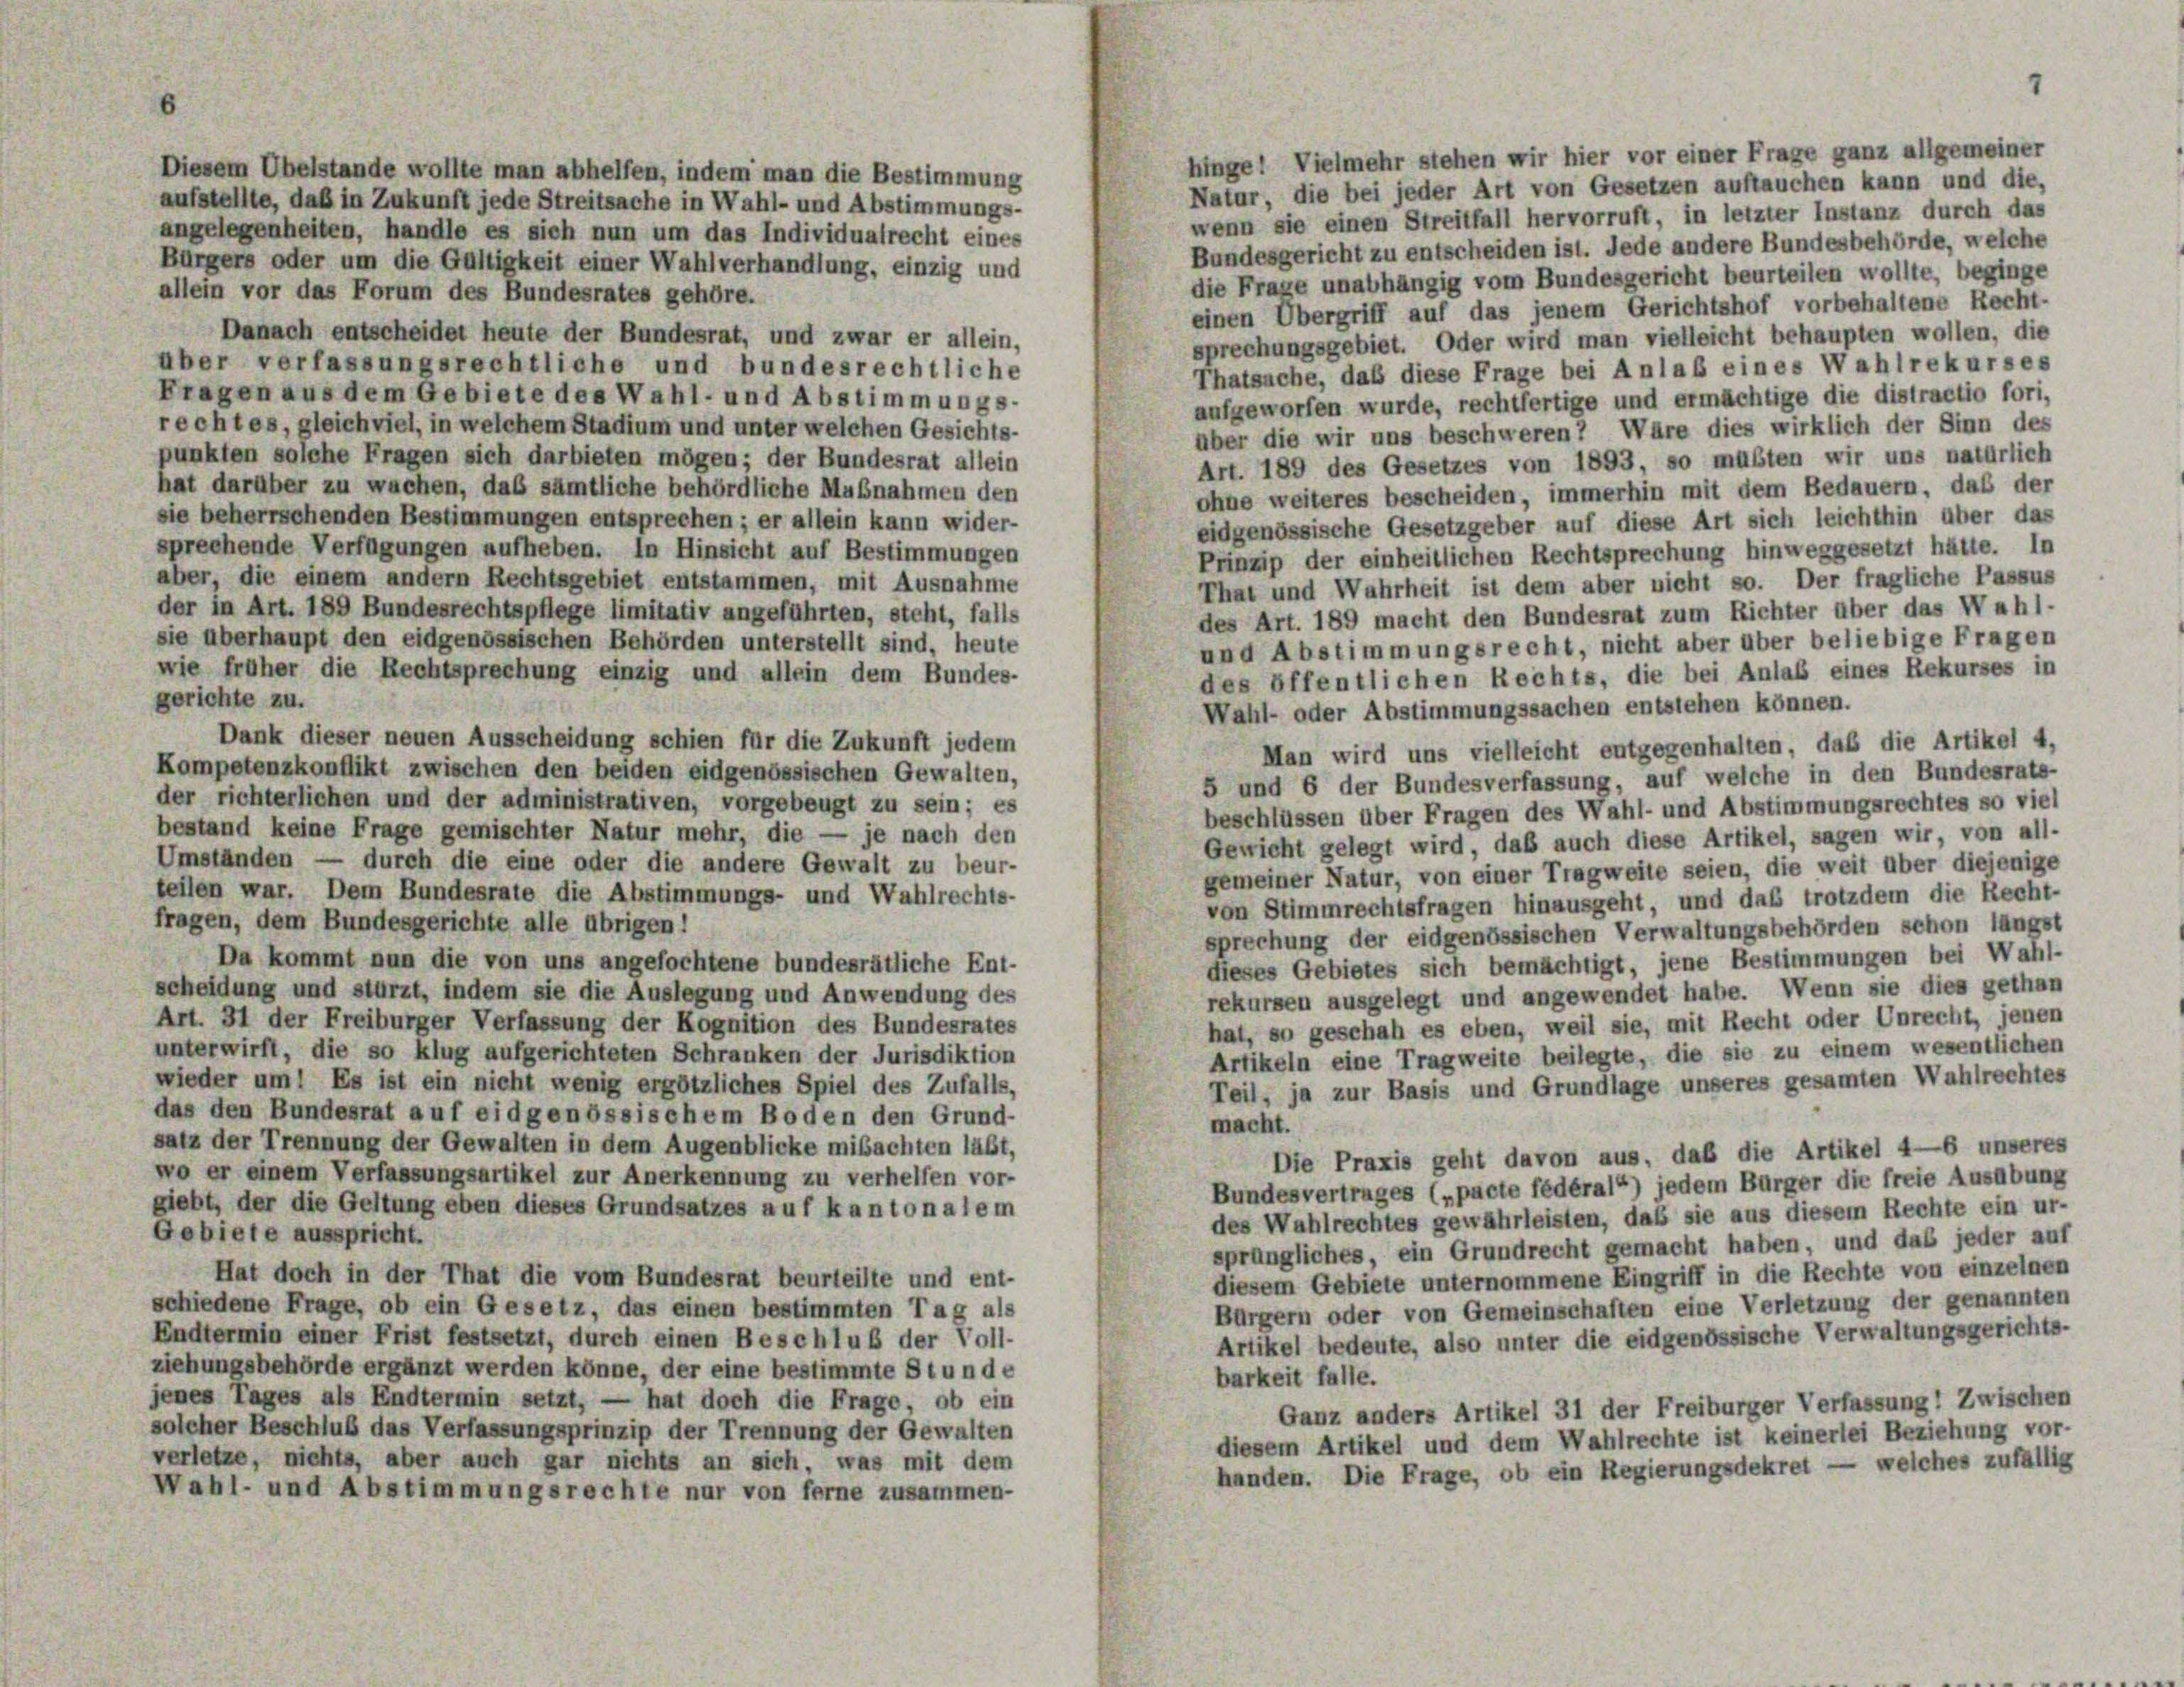
hingel Vielmehr stehen wir hier vor einer Frage ganz allgemeiner
Diesem Übelstande wollte man abhelfen, indem man die Bestimmung
Natur, die bei jeder Art von Gesetzen auftauchen kann und die,
aufstellte, daß in Zukunft jede Streitsache in Wahl- und Abstimmungs-
wenn sie einen Streitfall hervorruft, in letzter Instanz durch das
angelegenheiten, handle es sich nun um das Individualrecht eines
Bundesgericht zu entscheiden ist. Jede andere Bundesbehörde, welche
Bürgers oder um die Gültigkeit einer Wahlverhandlung, einzig und
die Frage unabhängig vom Bundesgericht beurteilen wollte, beginge
allein vor das Forum des Bundesrates gehöre.
einen Übergriff auf das jenem Gerichtshof vorbehaltene Recht-
Danach entscheidet heute der Bundesrat, und zwar er allein,
sprechungsgebiet. Oder wird man vielleicht behaupten wollen, die
über verfassungsrechtliche und bundesrechtliche
Thatsache, daß diese Frage bei Anlaß eines Wahlrekurses
Fragen aus dem Gebiete des Wahl- und Abstimmungs-
aufgeworfen wurde, rechtfertige und ermächtige die distractio fori,
rechtes, gleichviel, in welchem Stadium und unter welchen Gesichts-
aber die wir uns beschweren? Wäre dies wirklich der Sinn des
punkten solche Fragen sich darbieten mögen; der Bundesrat allein
Art. 189 des Gesetzes von 1893, so müßten wir uns natürlich
hat darüber zu wachen, das sämtliche behördliche Maßnahmen den
ohne weiteres bescheiden, immerhin mit dem Bedauern, daß der
sie beherrschenden Bestimmungen entsprechen; er allein kann wider-
eidgenössische Gesetzgeber auf diese Art sich leichthin aber das
sprechende Verfügungen aufheben. In Hinsicht auf Bestimmungen
Prinzip der einheitlichen Rechtsprechung hinweggesetzt hätte. In
aber, die einem andern Rechtsgebiet entstammen, mit Ausnahme
That und Wahrheit ist dem aber nicht so. Der fragliche Passus
der in Art. 189 Bundesrechtspflege limitativ angeführten, steht, falls
des Art. 189 macht den Bundesrat zum Richter über das Wahl-
sie überhaupt den eidgenössischen Behörden unterstellt sind, heute
und Abstimmungsrecht, nicht aber über beliebige Fragen
wie früher die Rechtsprechung einzig und allein dem Bundes-
des öffentlichen Rechts, die bei Anlaß eines Rekurses in
gerichte zu.
Wahl- oder Abstimmungssachen entstehen können.
Dank dieser neuen Ausscheidung schien für die Zukunft jedem
Man wird uns vielleicht entgegenhalten, daß die Artikel 4,
Kompetenzkonflikt zwischen den beiden eidgenössischen Gewalten,
5 und 6 der Bundesverfassung, auf welche in den Bundesrats-
der richterlichen und der administrativen, vorgebeugt zu sein; es
beschlüssen über Fragen des Wahl- und Abstimmungsrechtes so viel
bestand keine Frage gemischter Natur mehr, die — je nach den
Gewicht gelegt wird, daß auch diese Artikel, sagen wir, von all-
Umständen — durch die eine oder die andere Gewalt zu beur-
gemeiner Natur, von einer Tragweite seien, die weit über diejenige
teilen war. Dem Bundesrate die Abstimmungs- und Wahlrechts-
von Stimmrechtsfragen hinausgeht, und das trotzdem die Recht-
fragen, dem Bundesgerichte alle übrigen!
sprechung der eidgenössischen Verwaltungsbehörden schon längst
Da kommt nun die von uns angefochtene bundesrätliche Ent-
dieses Gebietes sich bemächtigt, jene Bestimmungen bei Wahl-
scheidung und stürzt, indem sie die Auslegung und Anwendung des
rekursen ausgelegt und angewendet habe. Wenn sie dies gethan
Art. 31 der Freiburger Verfassung der Kognition des Bundesrates
hat, so geschah es eben, weil sie, mit Recht oder Unrecht, jenen
unterwirft, die so klug aufgerichteten Schranken der Jurisdiktion
Artikeln eine Tragweite beilegte, die sie zu einem wesentlichen
wieder um 1 Es ist ein nicht wenig ergötzliches Spiel des Zufalls.
Teil, ja zur Basis und Grundlage unseres gesamten Wahlrechtes
das den Bundesrat auf eidgenössischem Boden den Grund-
macht.
satz der Trennung der Gewalten in dem Augenblicke mibachten läßt,
Die Praxis geht davon aus, daß die Artikel 4—6 unseres
wo er einem Verfassungsartikel zur Anerkennung zu verhelfen vor-
Bundesvertrages („pacte fédéral“) jedem Bürger die freie Ausübung
giebt, der die Geltung eben dieses Grundsatzes auf kantonalem
des Wahlrechtes gewährleisten, daß sie aus diesem Rechte ein ur-
Gebiete ausspricht.
sprüngliches, ein Grundrecht gemacht haben, und das jeder auf
Hat doch in der That die vom Bundesrat beurteilte und ent-
diesem Gebiete unternommene Eingriff in die Rechte von einzelnen
schiedene Frage, ob ein Gesetz, das einen bestimmten Tag als
Bürgern oder von Gemeinschaften eine Verletzung der genannten
Endtermin einer Frist festsetzt, durch einen Beschluß der Voll-
Artikel bedeute, also unter die eidgenössische Verwaltungsgerichts-
ziehungsbehörde ergänzt werden könne, der eine bestimmte Stunde
barkeit falle.
jenes Tages als Endtermin setzt, — hat doch die Frage, ob ein
Ganz anders Artikel 31 der Freiburger Verfassung! Zwischen
solcher Beschluß das Verfassungsprinzip der Trennung der Gewalten
diesem Artikel und dem Wahlrechte ist keinerlei Beziehung vor-
verletze, nichts, aber auch gar nichts an sich, was mit dem
handen. Die Frage, ob ein Regierungsdekret — welches zufällig
Wahl- und Abstimmungsrechte nur von ferne zusammen-